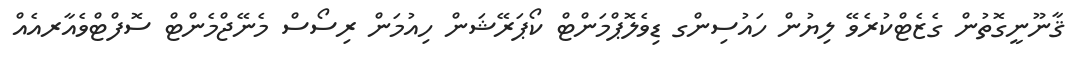
ޤާނޫނީގޮތުން ގެޒެޓްކުރެވޭ ލިޔުން ހައުސިންގ ޑިވެލޮޕްމަންޓް ކޯޕަރޭޝަން ހިއުމަން ރިސޯސް މެނޭޖްމެންޓް ސޮފްޓްވެއާރއެއް